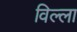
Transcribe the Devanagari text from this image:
विल्‍ला